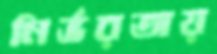
নির্ভরতায়